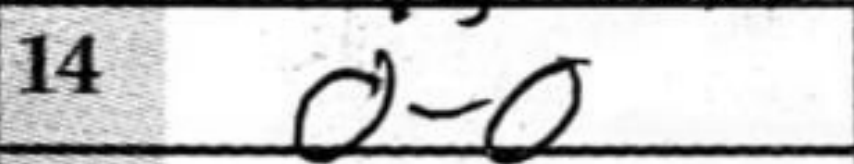
Transcription: O-O